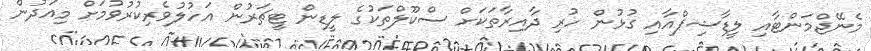
މެނޭޖްމަންޓާއި ލީޑާޝިޕްއާއި ގުޅުން ހުރި ދާއިރާތަކަށް ސްކޫލްތަކުގެ ލީޑިން ޓީޗަރުން އަހުލުވެރިކުރުވުމަށް މިއަދުން